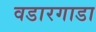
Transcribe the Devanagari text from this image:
वडारगाडा